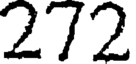
272